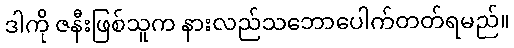
ဒါကို ဇနီးဖြစ်သူက နားလည်သဘောပေါက်တတ်ရမည်။